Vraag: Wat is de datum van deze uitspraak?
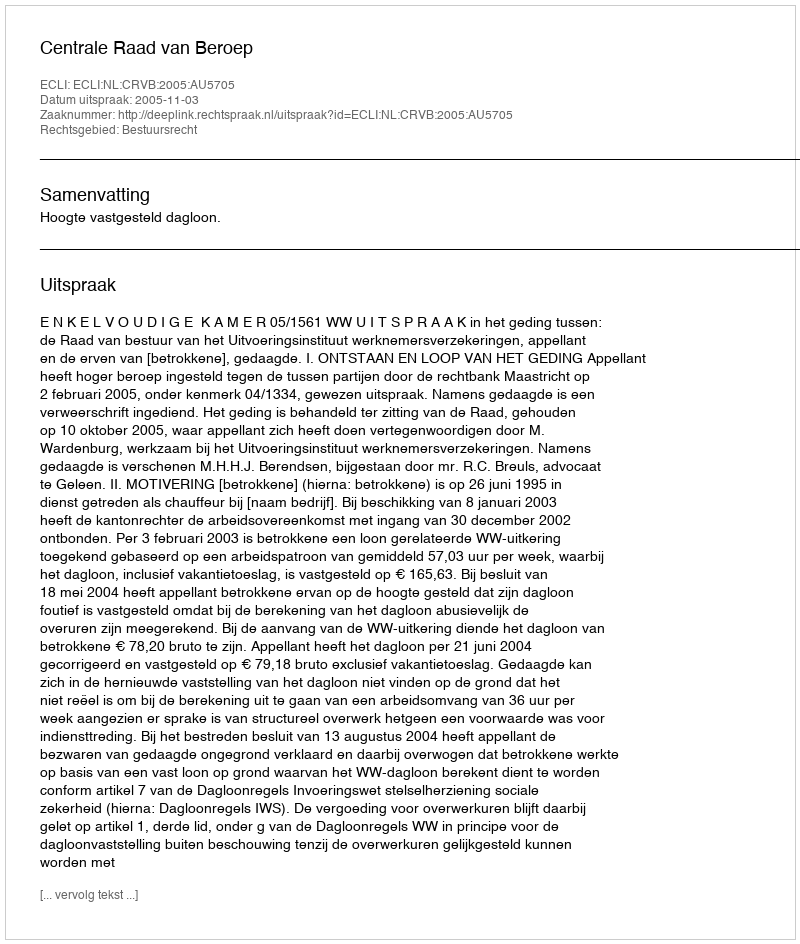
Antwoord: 2005-11-03